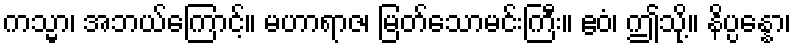
ကသ္မာ၊ အဘယ်ကြောင့်။ မဟာရာဇ၊ မြတ်သောမင်းကြီး။ ဧဝံ၊ ဤသို့။ နိပ္ပန္နော၊